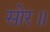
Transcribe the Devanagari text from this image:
सोर॥